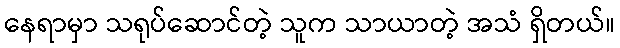
နေရာမှာ သရုပ်ဆောင်တဲ့ သူက သာယာတဲ့ အသံ ရှိတယ်။